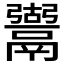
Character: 𩱍